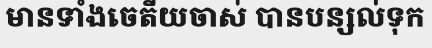
មានទាំងចេតីយចាស់ បានបន្សល់ទុក